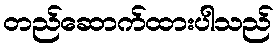
တည်ဆောက်ထားပါသည်